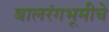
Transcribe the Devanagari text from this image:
बालरंगभूमीचे